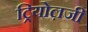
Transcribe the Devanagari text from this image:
ट्रियोल़जी